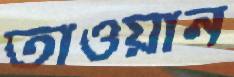
তাওয়ান